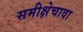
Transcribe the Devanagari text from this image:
समीक्षेचावा